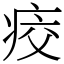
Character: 𤶀